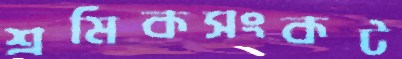
শ্রমিকসংকট